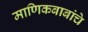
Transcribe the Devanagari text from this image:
माणिकबाबांचे